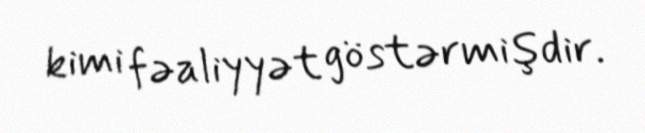
kimi fəaliyyət göstərmişdir.